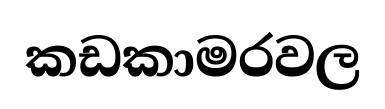
කඩකාමරවල